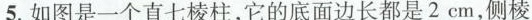
5.如图是一个直七棱柱，它的底面边长都是2cm，侧棱